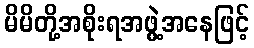
မိမိတို့အစိုးရအဖွဲ့အနေဖြင့်